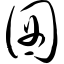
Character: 囡